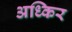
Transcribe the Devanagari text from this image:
अध्किर